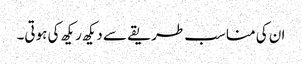
ان کی مناسب طریقے سے دیکھ ریکھ کی ہوتی۔